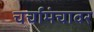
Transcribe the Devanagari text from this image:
चर्चामंचावर